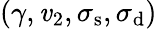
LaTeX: (\gamma,\mathit{v}_{2},\sigma_{\mathrm{{s}}},\sigma_{\mathrm{{d}}})